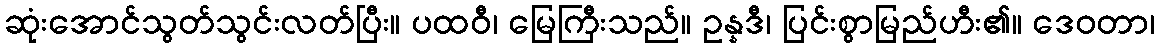
ဆုံးအောင်သွတ်သွင်းလတ်ပြီး။ ပထဝီ၊ မြေကြီးသည်။ ဥန္နဒီ၊ ပြင်းစွာမြည်ဟီး၏။ ဒေဝတာ၊